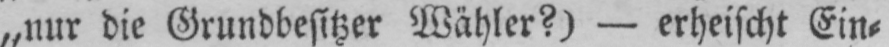
„nur die Grundbesitzer Wähler?) - erheischt Ein⸗